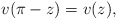
\begin{align*}v(\pi-z)=v(z),\end{align*}